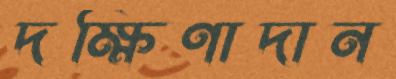
দক্ষিণাদান